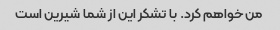
من خواهم کرد. با تشکر این از شما شیرین است